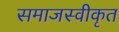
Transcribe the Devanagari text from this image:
समाजस्वीकृत